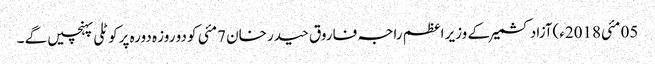
05 مئی2018ء)آزاد کشمیر کے وزیر اعظم راجہ فاروق حیدر خان 7مئی کو دو روز ہ دورہ پرکوٹلی پہنچیں گے ۔